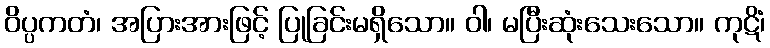
ဝိပ္ပကတံ၊ အပြားအားဖြင့် ပြုခြင်းမရှိသော။ ဝါ၊ မပြီးဆုံးသေးသော။ ကုဋိံ၊